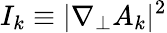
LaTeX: I_{k}\equiv\lvert\nabla_{\perp}A_{k}\rvert^{2}